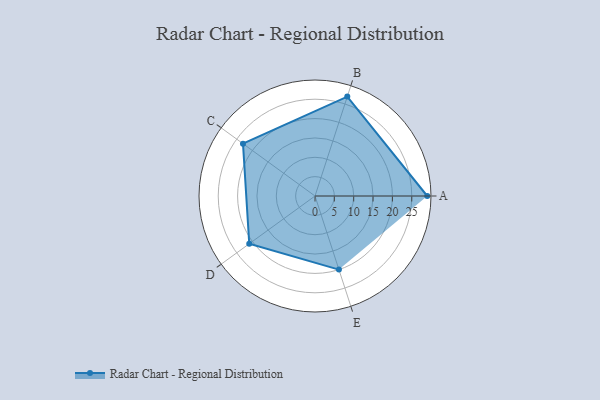
{"axis": {"x": "Skill", "y": "Score"}, "legend": ["Profile"], "data": [{"x": "A", "y": 29.0, "type": "Profile"}, {"x": "B", "y": 27.0, "type": "Profile"}, {"x": "C", "y": 23.0, "type": "Profile"}, {"x": "D", "y": 21.0, "type": "Profile"}, {"x": "E", "y": 20, "type": "Profile"}]}